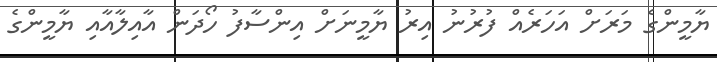
ޔާމީންގެ މަރަށް އަހަރެއް ފުރުނު އިރު ޔާމީނަށް އިންސާފު ހޯދަން އާއިލާއާއި ޔާމީންގެ